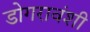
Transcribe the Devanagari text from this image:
डोगरावंशी